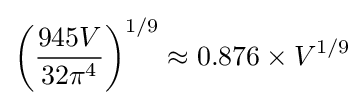
\left({\frac {945V}{32\pi ^{4}}}\right)^{1/9}\approx 0.876\times V^{1/9}